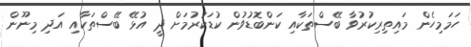
ހަމަމިހެން މައިތިރިކުރުވާ ބޭސްތަކާއި ކަންބޮޑުވުން ކުޑަކުރުމަށް ދީ އުޅޭ ބޭސްތަކާއި އަދި މިނޫން